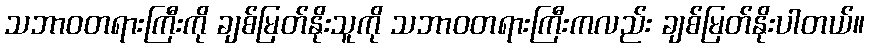
သဘာဝတရားကြီးကို ချစ်မြတ်နိုးသူကို သဘာဝတရားကြီးကလည်း ချစ်မြတ်နိုးပါတယ်။